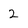
Character: 2